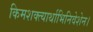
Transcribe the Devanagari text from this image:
किमशक्त्यार्थाभिनिवेशेन।